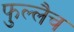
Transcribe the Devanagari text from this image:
फुल्लैच